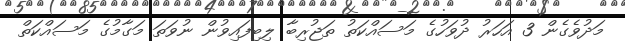
މަދުވެގެން 3 އަހަރު ދުވަހުގެ މަސައްކަތު ތަޖުރިބާ ލިބިފައިވުން ނުވަތަ މަގާމުގެ މަސައްކަތް